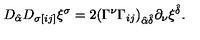
D _ { \hat { \alpha } } D _ { \sigma [ i j ] } \xi ^ { \sigma } = 2 ( \Gamma ^ { \nu } \Gamma _ { i j } ) _ { \hat { \alpha } \hat { \delta } } \partial _ { \nu } \xi ^ { \hat { \delta } } .